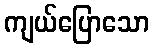
ကျယ်ပြောသော